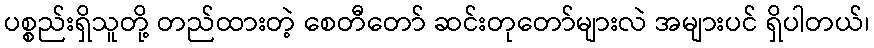
ပစ္စည်းရှိသူတို့ တည်ထားတဲ့ စေတီတော် ဆင်းတုတော်များလဲ အများပင် ရှိပါတယ်၊